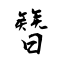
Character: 簪